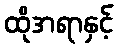
ထိုအရာနှင့်